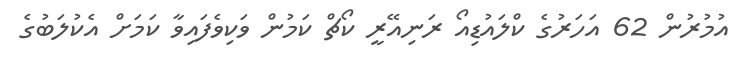
އުމުރުން 62 އަހަރުގެ ކްލައުޑިއޯ ރަނިއޭރީ ކޯޗް ކަމުން ވަކިވެފައިވާ ކަމަށް އެކުލަބުގެ